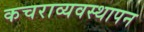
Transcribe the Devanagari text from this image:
कचराव्यवस्थापन